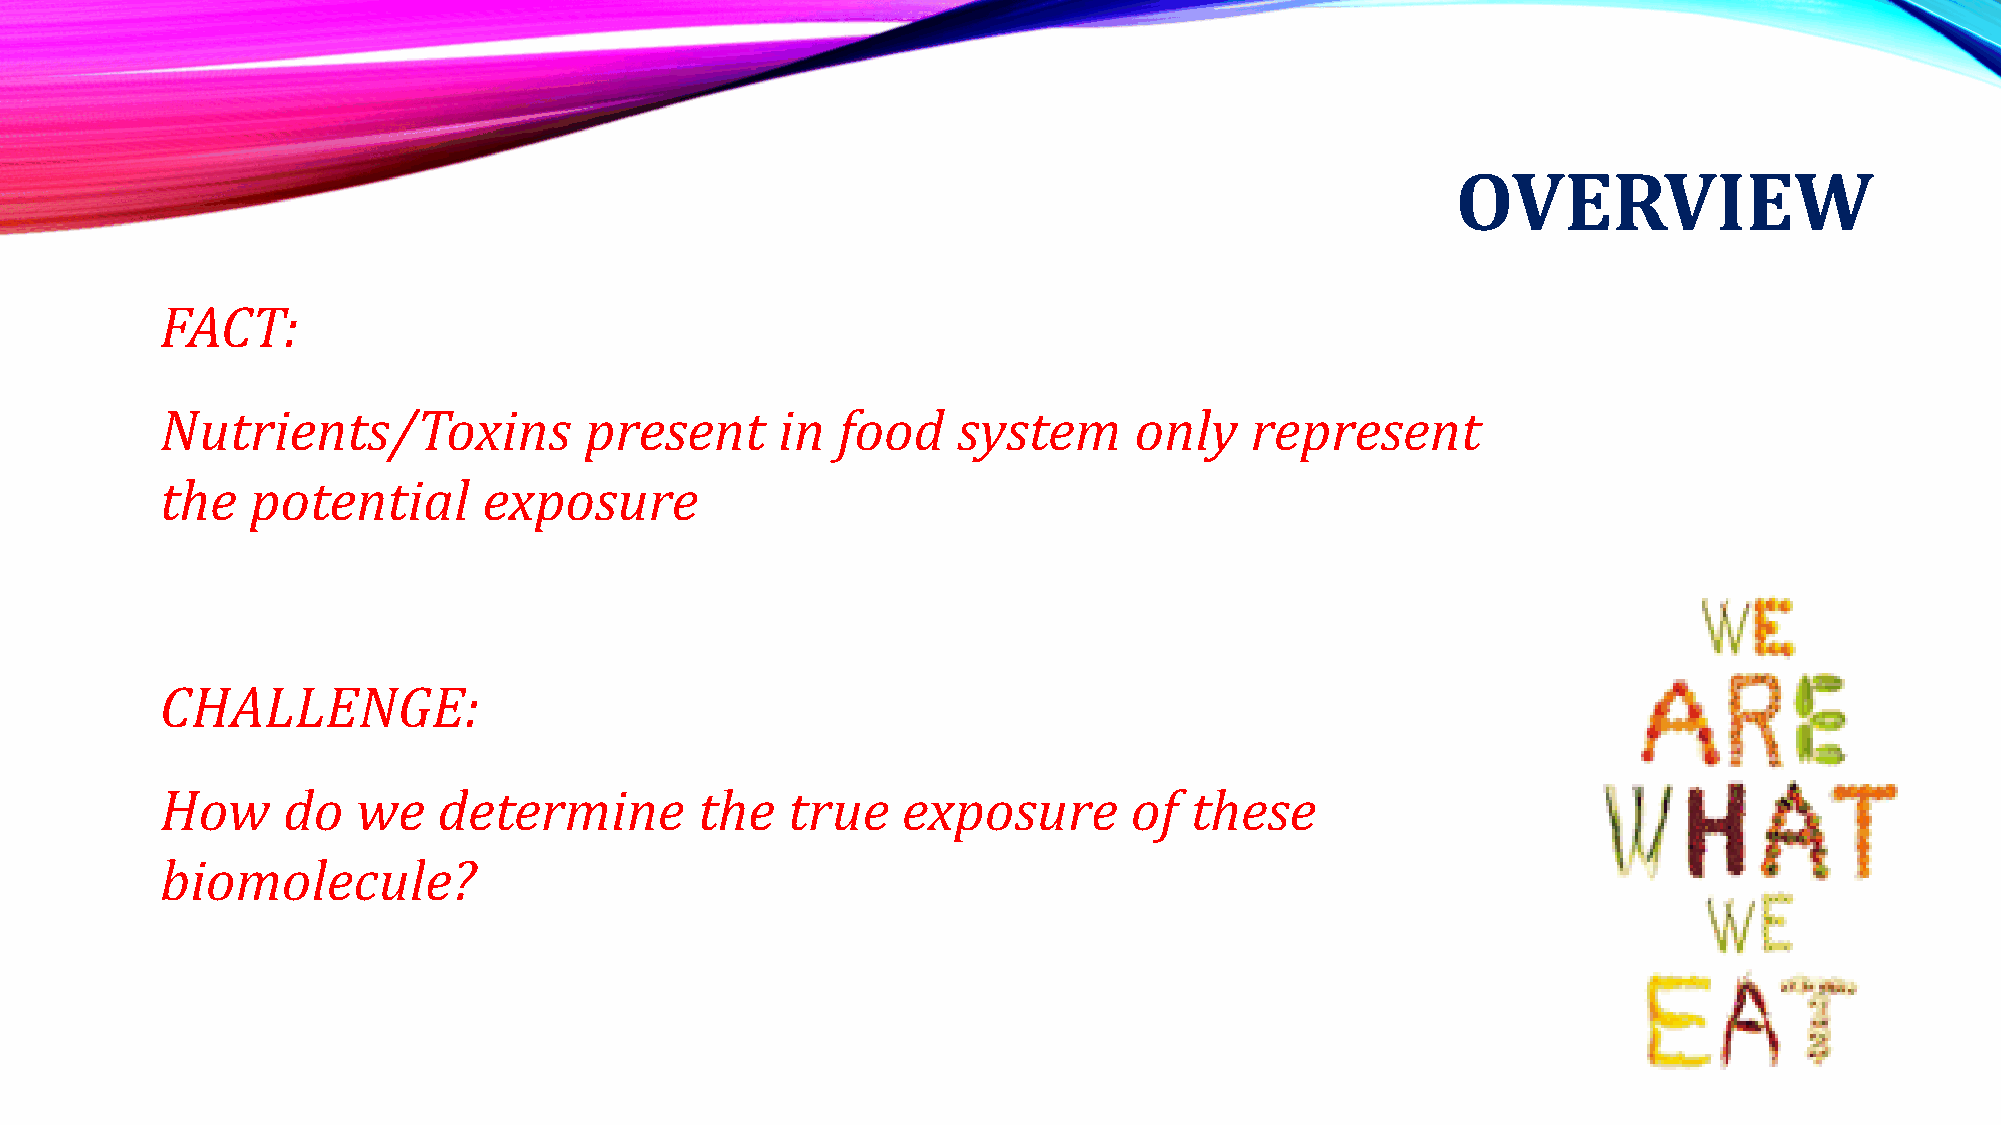
OVERVIEW
 FACT:
 Nutrients/Toxins            present     in  food    system      only    represent
 the   potential      exposure
 CHALLENGE:
 How     do   we   determine        the   true    exposure       of  these
 biomolecule?